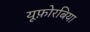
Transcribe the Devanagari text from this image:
यूफ़ोरबिया